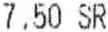
7.50 SR